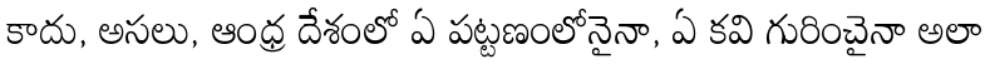
కాదు, అసలు, ఆంధ్ర దేశంలో ఏ పట్టణంలోనైనా, ఏ కవి గురించైనా అలా